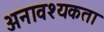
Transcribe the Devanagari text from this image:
अनावश्यकता